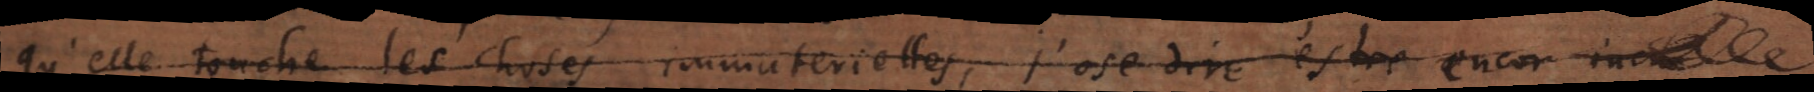
qu’elle touche les choses immaterielles, j’ose dire estre encore incon